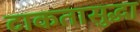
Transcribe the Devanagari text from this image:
टाकतासुद्धा